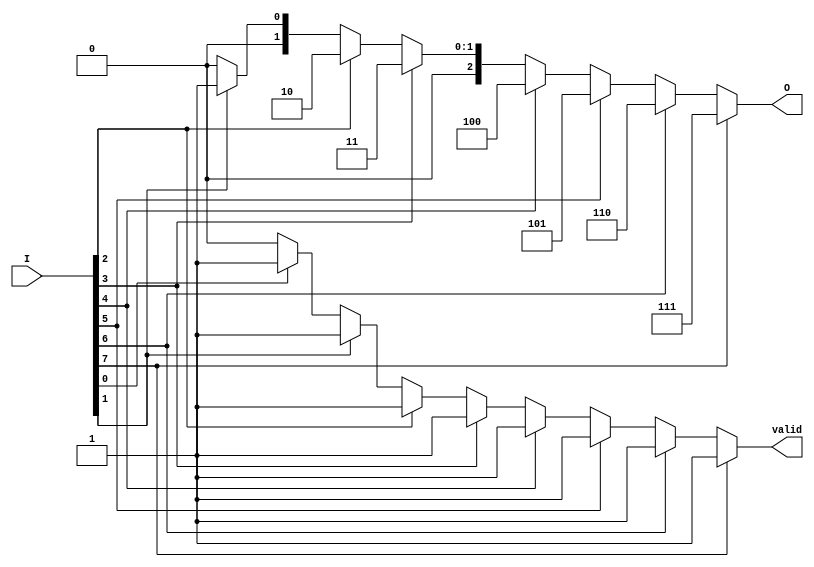
module encoder_8to3 (
    input  [7:0] I,    // 8 input lines
    output reg [2:0] O, // 3 output lines
    output reg valid    // Valid output signal
);

// Always block to describe the combinational logic
always @(*) begin
    // Default outputs
    O = 3'b000;      // Default output to 000
    valid = 1'b0;    // Default valid to low

    // Priority encoding
    if (I[7]) begin
        O = 3'b111;  // Output for I[7]
        valid = 1'b1; // At least one input is high
    end
    else if (I[6]) begin
        O = 3'b110;  // Output for I[6]
        valid = 1'b1;
    end
    else if (I[5]) begin
        O = 3'b101;  // Output for I[5]
        valid = 1'b1;
    end
    else if (I[4]) begin
        O = 3'b100;  // Output for I[4]
        valid = 1'b1;
    end
    else if (I[3]) begin
        O = 3'b011;  // Output for I[3]
        valid = 1'b1;
    end
    else if (I[2]) begin
        O = 3'b010;  // Output for I[2]
        valid = 1'b1;
    end
    else if (I[1]) begin
        O = 3'b001;  // Output for I[1]
        valid = 1'b1;
    end
    else if (I[0]) begin
        O = 3'b000;  // Output for I[0]
        valid = 1'b1;
    end
    // If none of the inputs are high, valid remains low and O defaults to 000
end

endmodule